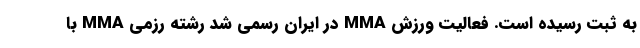
به ثبت رسیده است. فعالیت ورزش MMA در ایران رسمی شد رشته رزمی MMA با